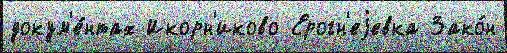
докум'е́нтах Икорн'иково Ерогн'еjевка Зако́н